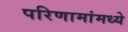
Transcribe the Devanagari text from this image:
परिणामांमध्ये